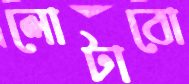
লোটাবো